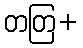
တတြ+